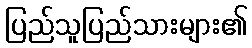
ပြည်သူပြည်သားများ၏